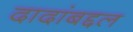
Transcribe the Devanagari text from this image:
दादांबद्दल